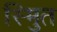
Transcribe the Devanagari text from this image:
स्मुित